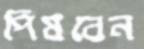
পিষবেন